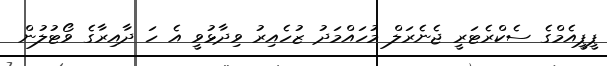
ޕީޕީއެމްގެ ސެކްރެޓަރީ ޖެނެރަލް މުހައްމަދު ޒުހެއިރު ވިދާޅުވީ އެ ހަ ދާއިރާގެ ވޯޓުލުން